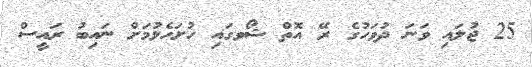
25 ޖުލައި ވަނަ ދުވަހުގެ ރޭ އޮތް ޝޯވގައި ހުށަހެޅުމަށް ނައިބު ރައީސް